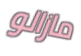
مازالو